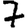
Digit: 7